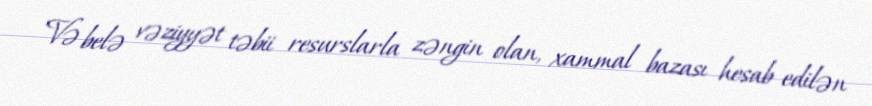
Və belə vəziyyət təbii resurslarla zəngin olan, xammal bazası hesab edilən